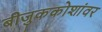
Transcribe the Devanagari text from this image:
बीजुककोशांवर